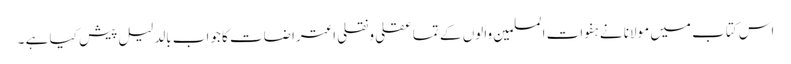
اس کتاب میں مولانا نے ہفوات المسلمین والوں کے تما عقلی ونقلی اعتراضات کا جواب بالدلیل پیش کیا ہے ۔